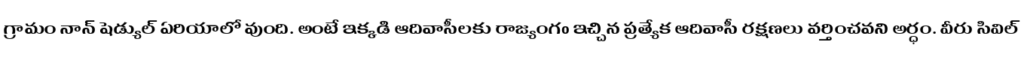
గ్రామం నాన్ షెడ్యుల్ ఏరియాలో వుంది. అంటే ఇక్కడి ఆదివాసీలకు రాజ్యంగo ఇచ్చిన ప్రత్యేక ఆదివాసీ రక్షణలు వర్తించవని అర్ధం. వీరు సివిల్